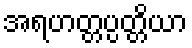
အရဟတ္တပ္ပတ္တိယာ